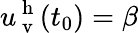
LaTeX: u_{\mathrm{~v~}}^{\mathrm{~h~}}(t_{0})=\beta